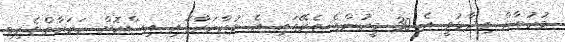
މުހުތާޒް ވިދާޅުވީ އެ 30 މީހުންގެ ތެރޭގައި އެ މުޒާހަރާގައި އިސްކޮށް ހަރަކާތްތެރިވި